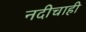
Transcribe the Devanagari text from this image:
नदीचाही